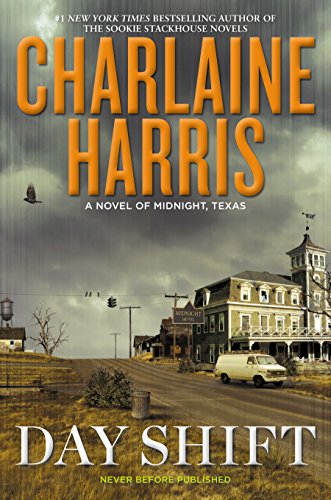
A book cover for Day Shift: A Novel of Midnight, Texas; Charlaine Harris; Mystery, Thriller & Suspense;